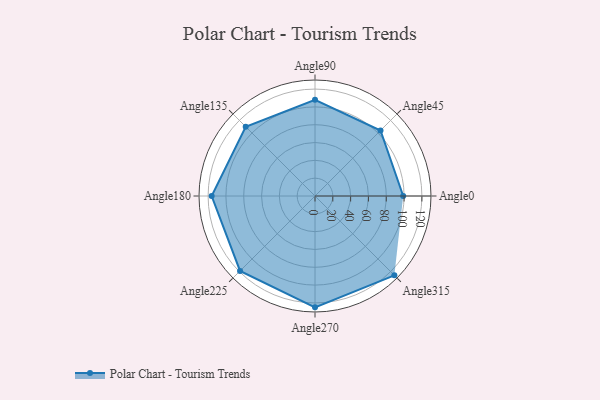
{"axis": {"x": "Angle", "y": "Radius"}, "legend": [""], "data": [{"x": "Angle0", "y": 99.0, "type": ""}, {"x": "Angle45", "y": 104.0, "type": ""}, {"x": "Angle90", "y": 108.0, "type": ""}, {"x": "Angle135", "y": 110.0, "type": ""}, {"x": "Angle180", "y": 116.0, "type": ""}, {"x": "Angle225", "y": 119.0, "type": ""}, {"x": "Angle270", "y": 125.0, "type": ""}, {"x": "Angle315", "y": 126.0, "type": ""}]}